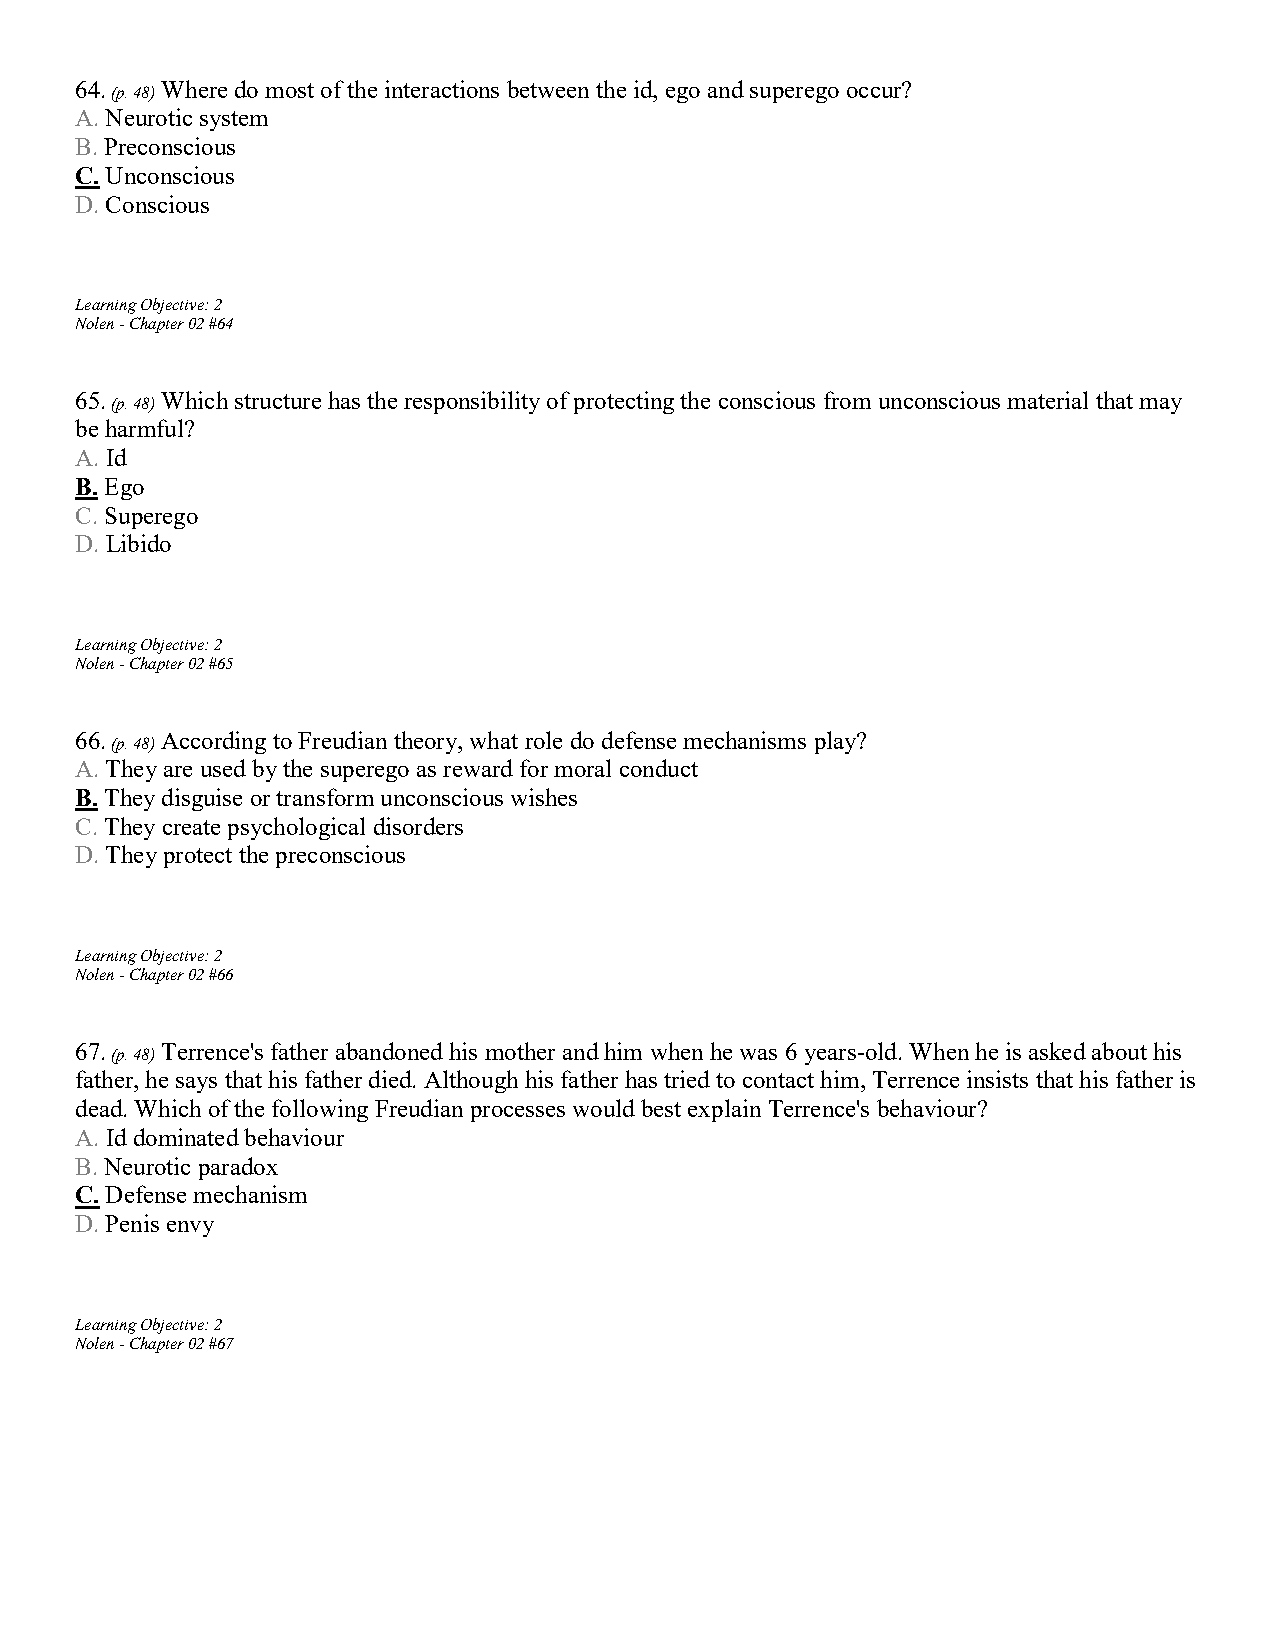
64.   Where do most of the interactions between the id, ego and superego occur?
 (p. 48)
 A. Neurotic system
 B. Preconscious
 C. Unconscious
 D. Conscious
 Learning Objective: 2
 Nolen - Chapter 02 #64
 65.   Which structure has the responsibility of protecting the conscious from unconscious material that may
 (p. 48)
 be harmful?
 A. Id
 B. Ego
 C. Superego
 D. Libido
 Learning Objective: 2
 Nolen - Chapter 02 #65
 66.   According to Freudian theory, what role do defense mechanisms play?
 (p. 48)
 A. They are used by the superego as reward for moral conduct
 B. They disguise or transform unconscious wishes
 C. They create psychological disorders
 D. They protect the preconscious
 Learning Objective: 2
 Nolen - Chapter 02 #66
 67.   Terrence's father abandoned his mother and him when he was 6 years-old. When he is asked about his
 (p. 48)
 father, he says that his father died. Although his father has tried to contact him, Terrence insists that his father is
 dead. Which of the following Freudian processes would best explain Terrence's behaviour?
 A. Id dominated behaviour
 B. Neurotic paradox
 C. Defense mechanism
 D. Penis envy
 Learning Objective: 2
 Nolen - Chapter 02 #67